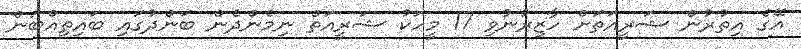
އޭގެ އިތުރުން ޝަރީއަތަށް ހާޒިރުނުވި 17 މީހަކު ޝަރީއަތް ނިމެންދެން ބަންދުގައި ބައިތިއްބަން